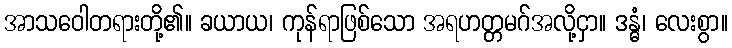
အာသဝေါတရားတို့၏။ ခယာယ၊ ကုန်ရာဖြစ်သော အရဟတ္တမဂ်အလို့ငှာ။ ဒန္ဓံ၊ လေးစွာ။